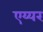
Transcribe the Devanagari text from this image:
एय्यर